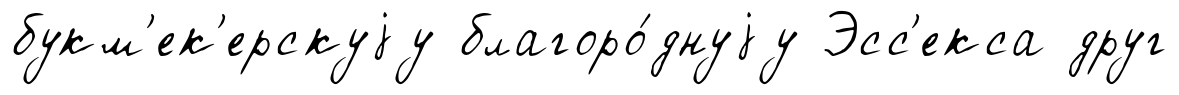
букм'ек'ерскуjу благоро́днуjу Эсс'екса друг